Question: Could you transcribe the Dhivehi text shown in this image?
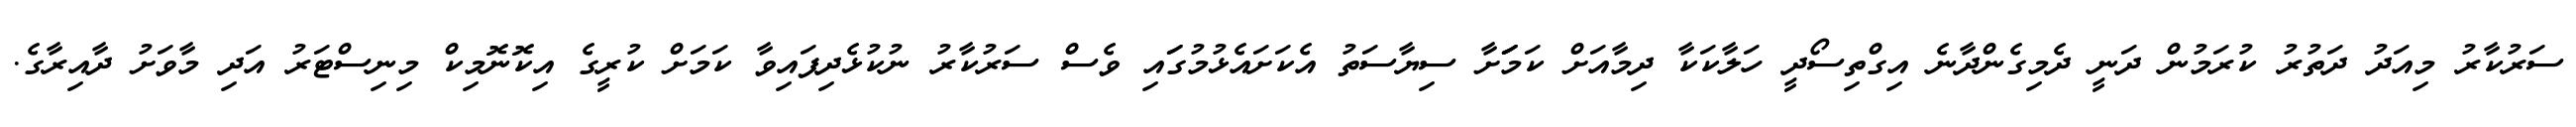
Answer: ސަރުކާރު މިއަދު ދަތުރު ކުރަމުން ދަނީ ދެމިގެންދާނެ އިގްތިސޯދީ ހަލާކަކާ ދިމާއަށް ކަމަަަށާ ސިޔާސަތު އެކަށައެޅުމުގަައި ވެސް ސަރުކާރު ނުކުޅެދިފައިވާ ކަމަށް ކުރީގެ އިކޮނޮމިކް މިނިސްޓަރު އަދި މާވަށު ދާއިރާގެ.